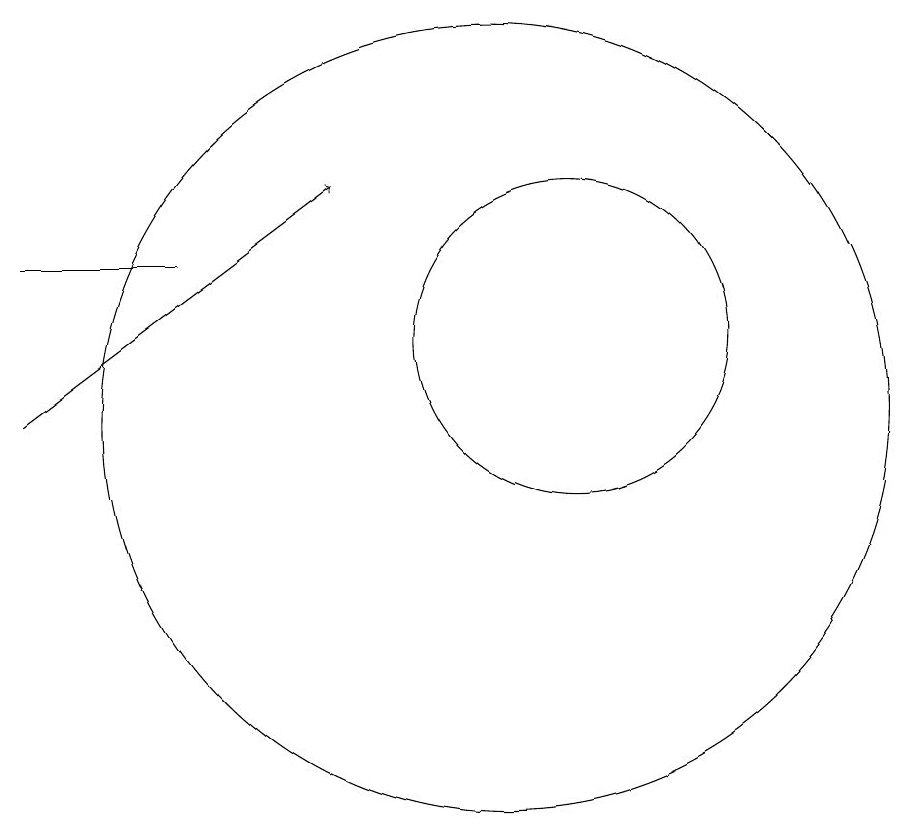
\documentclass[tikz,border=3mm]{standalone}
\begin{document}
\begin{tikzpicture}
\draw[->] (4,10) -- (8,13);
\draw (10,10) circle (5);
\draw (11,11) circle (2);
\draw (4,12) rectangle (6,12);
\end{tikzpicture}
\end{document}